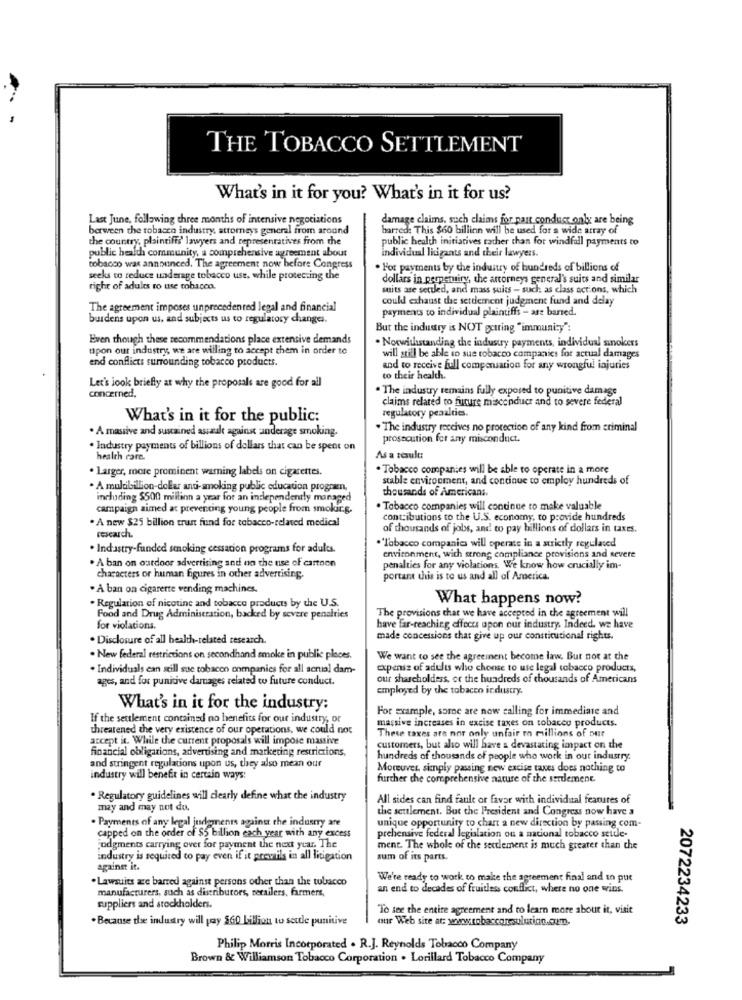
THE TOBACCO SETTLEMENT
What's in it for you? What's in it for us?
Last June, following three months of intensive negotiations
damage claims, such claims for past conduct only are being
berween the tobacco industry, attorneys general from around
barred: This $60 billion will be used for a wide array of
the country, plaintiffs' lawyers and representatives from the
public health initiatives rather than for windfall payments to
public health community, a comprehensive agreement about
individual liigants and their lawyers.
tobacco was announced. The agreement now before Congress
. For payments by the industry of hundreds of billions of
seeks to reduce underage tobacco use, while protecting the
dollars in perpetuirv, the artorneys general's suits and similar
right of adults ro use tobacco.
mits ase settled, and mass suits - such as class actions, which
could exhaust the settlement judgment fund and delay
The agreement imposes unprecedented legal and financial
payments to individual plaintiffs - are barred.
burdens upon us, and subjects us to regulatory changes.
But the industry is NOT getting "immunity"
Even though these recommendations place extensive demands
. Nowwithstanding the industry payments, individual sinokers
upon our industry, we are willing to accept them in order to
end conflicts surrounding tobacco products.
will still be able to sue tobacco companies for actual damages
and to receive full compensation for any wrongful injuries
to their health.
Let's look briefly at why the proposals are good for all
. The industry remains fully exposed to punitive damage
concerned.
claims related to future misconduct and to severe federal
What's in it for the public:
regulatory penalties.
· A massive and sustained assault against anderage smoking.
. The industry receives no protection of any kind from criminal
prosecution for any misconduct.
. Industry payments of billions of dollars that can be spent on
health care.
As a result:
. Larger, more prominent warning labels on cigarettes.
. Tobacco companies will be able to operate in a more
stable environment, and continue to employ hundreds of
. A mulabillion-dollar anti-smoking public education programn.
thousands of Americans.
including $500 million a year for an independently managed
campaign aimed at preventing young people from smokir.g.
. Tobacco companies will continue to make valuable
. A new $25 billion trust fund for tobacco-related medical
contributions to the U.S. economy, to provide hundreds
of thousands of jobs, and to pay billions of dollars in taxes.
research.
. Industry-funded smoking cessation programs for adults.
.'Tabacco companies will operate in a strictly regulated
environment, with strong compliance provisions and severe
. A ban on outdoor advertising and no the use of cartoon
penalties for any violations We know how crucially im-
characters or human figures in other advertising.
portan this is to us and all of America.
. À ban on cigarerte vending machines.
. Regulation of nicotine and tobacco products by the U.S.
What happens now?
Food and Drug Administration, backed by severe penalties
The provisions that we have accepted in the agreement will
for violations.
have far-reaching offocus upon our industry. Indeed. we have
. Disclosure of all health-related research.
made concessions that give up our constitutional rights.
. New federal restrictions on secondhand smoke in public places.
We want to see the agreement become law. But not at the
. Individuals can still sue tobacon companies for all scrual dam-
expense of adults who choose to use legal tobacco products,
ages, and for punitive damages related to future conduct.
our shareholders, or the hundreds of thousands of Americans
employed by the tobacco industry.
What's in it for the industry:
For example, somne are now calling for immediate and
If the settlement contained no benefits for our industry, or
massive increases in excise taxes on tobacco products.
threatened the very existence of our operations, we could not
These taxes are not only unfair ro millions of our
accept it. While the current proposals will impose massive
financial obligations, advertising and marketing restrictions.
customers, but also will have a devastating impact on the
hundreds of thousands of people who work in our industry.
and stringent regulations upon us, they also mean our
Moreuver, simply passing new excise taxes does nothing to
industry will benefit in certain ways:
further che comprehensive nature of the serdemene
. Regulatory guidelines will clearly define what the industry
All sides can find fault or favor with individual features of
may and may not do.
the settlement. But the President and Congress now have a
Payments of any legal judgments against the industry are
unique opportunity to chart a new direction by passing com-
capped on the order of $5 billion each year with any excess
prehensive federal legislation ou a national tobacco settle-
judgments carrying over for payment the next year. The
ment. The whole of the settlement is much greater than the
industry is required to pay even if it prevails in all litigation
sum of its parts.
against it.
. Lawsuits zze barred against persons other than the tobacco
We're ready to work to make the agreement final and un pue
manufacturers, such as distributors, retailers, farmers,
an end to decades of fruitless conflict, where no one wins.
suppliers and stockholders.
To see the entire agreement and to learn more about it, visit
.Because the industry will pay 560 billion to settle punitive
our Web site at wwwrobaccorsulutico.cmn.
2072234233
Philip Morris Incorporated . R.J. Reynolds Tobacco Company
Brown & Williamson Tobacco Corporation . Lorillard Tobacco Company